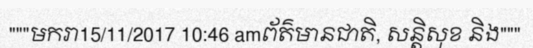
"""មករា15/11/2017 10:46 amព័ត៌មានជាតិ, សន្តិសុខ និង"""